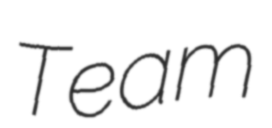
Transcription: Team